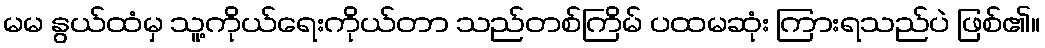
မမ နွယ်ထံမှ သူ့ကိုယ်ရေးကိုယ်တာ သည်တစ်ကြိမ် ပထမဆုံး ကြားရသည်ပဲ ဖြစ်၏။